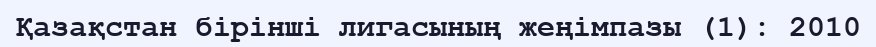
Қазақстан бірінші лигасының жеңімпазы (1): 2010